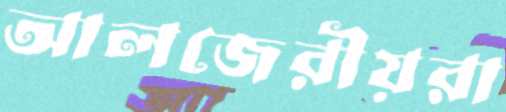
আলজেরীয়রা